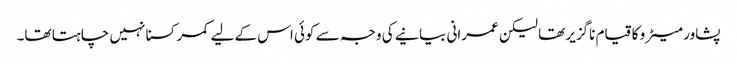
پشاور میٹرو کا قیام ناگزیر تھا لیکن عمرانی بیانیے کی وجہ سے کوئی اس کے لیے کمر کسنا نہیں چاہتا تھا۔